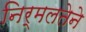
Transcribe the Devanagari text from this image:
निर्मलतेने